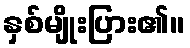
နှစ်မျိုးပြား၏။